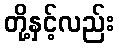
တို့နှင့်လည်း